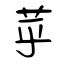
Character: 苸